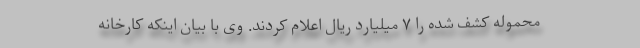
محموله کشف شده را ۷ میلیارد ریال اعلام کردند. وی با بیان اینکه کارخانه